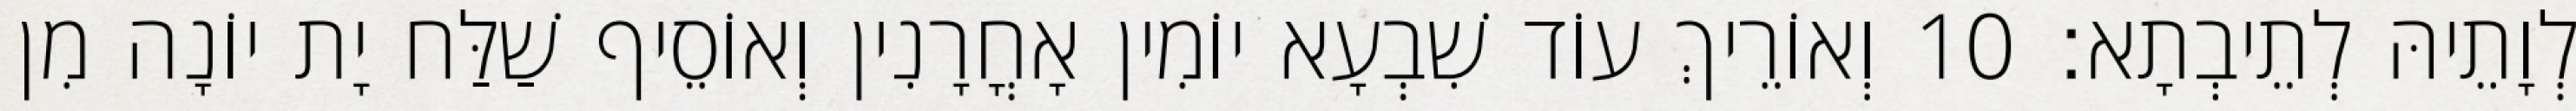
לְוָתֵיהּ לְתֵיבְתָא׃ 10 וְאוֹרֵיךְ עוֹד שִׁבְעָא יוֹמִין אָחֳרָנִין וְאוֹסֵיף שַׁלַּח יָת יוֹנָה מִן